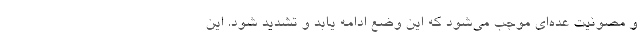
و مصونیت عده‌ای موجب می‌شود که این وضع ادامه یابد و تشدید شود. این